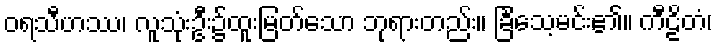
ဝရသီဟဿ၊ လူသုံးဦး၌ထူးမြတ်သော ဘုရားတည်း။ ခြင်္သေ့မင်း၏။ ကီဠိတံ၊